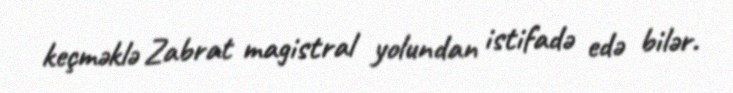
keçməklə Zabrat magistral yolundan istifadə edə bilər.